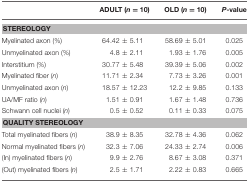
<table><thead><tr><td></td><td><b>ADULT (<i>n</i> = 10)</b></td><td><b>OLD (<i>n</i> = 10)</b></td><td><b><i>P</i>-value</b></td></tr></thead><tbody><tr><td colspan="4"><b>STEREOLOGY</b></td></tr><tr><td>Myelinated axon (%)</td><td>64.42 ± 5.11</td><td>58.69 ± 5.01</td><td>0.025</td></tr><tr><td>Unmyelinated axon (%)</td><td>4.8 ± 2.11</td><td>1.93 ± 1.76</td><td>0.005</td></tr><tr><td>Interstitium (%)</td><td>30.77 ± 5.48</td><td>39.39 ± 5.06</td><td>0.002</td></tr><tr><td>Myelinated fiber (<i>n</i>)</td><td>11.71 ± 2.34</td><td>7.73 ± 3.26</td><td>0.001</td></tr><tr><td>Unmyelinated axon (<i>n</i>)</td><td>18.57 ± 12.23</td><td>12.2 ± 9.85</td><td>0.133</td></tr><tr><td>UA/MF ratio (<i>n</i>)</td><td>1.51 ± 0.91</td><td>1.67 ± 1.48</td><td>0.736</td></tr><tr><td>Schwann cell nuclei (<i>n</i>)</td><td>0.5 ± 0.52</td><td>0.11 ± 0.33</td><td>0.075</td></tr><tr><td colspan="4"><b>QUALITY STEREOLOGY</b></td></tr><tr><td>Total myelinated fibers (<i>n</i>)</td><td>38.9 ± 8.35</td><td>32.78 ± 4.36</td><td>0.062</td></tr><tr><td>Normal myelinated fibers (<i>n</i>)</td><td>32.3 ± 7.06</td><td>24.33 ± 2.74</td><td>0.006</td></tr><tr><td>(In) myelinated fibers (<i>n</i>)</td><td>9.9 ± 2.76</td><td>8.67 ± 3.08</td><td>0.371</td></tr><tr><td>(Out) myelinated fibers (<i>n</i>)</td><td>2.5 ± 1.71</td><td>2.22 ± 0.83</td><td>0.665</td></tr></tbody></table>